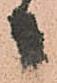
者